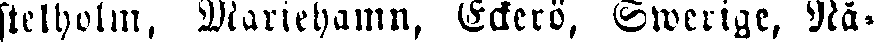
stelholin, Mariehamn, Eckerö, Swerige, Nå-